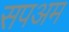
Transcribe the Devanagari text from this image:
सपअम